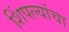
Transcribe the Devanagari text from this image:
शिंपल्यांचा